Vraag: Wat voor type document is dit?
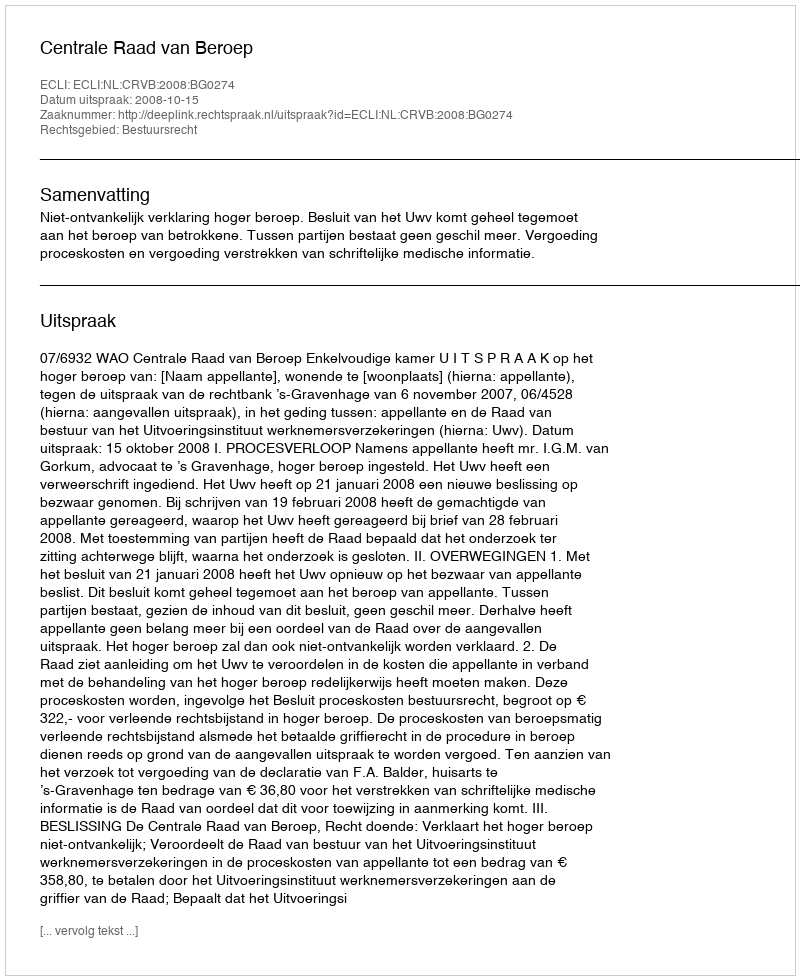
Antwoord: Uitspraak